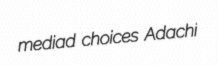
mediad choices Adachi